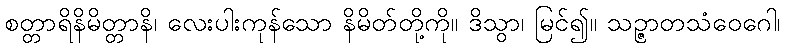
စတ္တာရိနိမိတ္တာနိ၊ လေးပါးကုန်သော နိမိတ်တို့ကို။ ဒိသွာ၊ မြင်၍။ သဉ္ဇာတသံဝေဂေါ၊